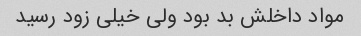
مواد داخلش بد بود‌ ولی خیلی زود رسید